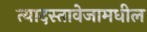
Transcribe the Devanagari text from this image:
त्यादस्तावेजामधील